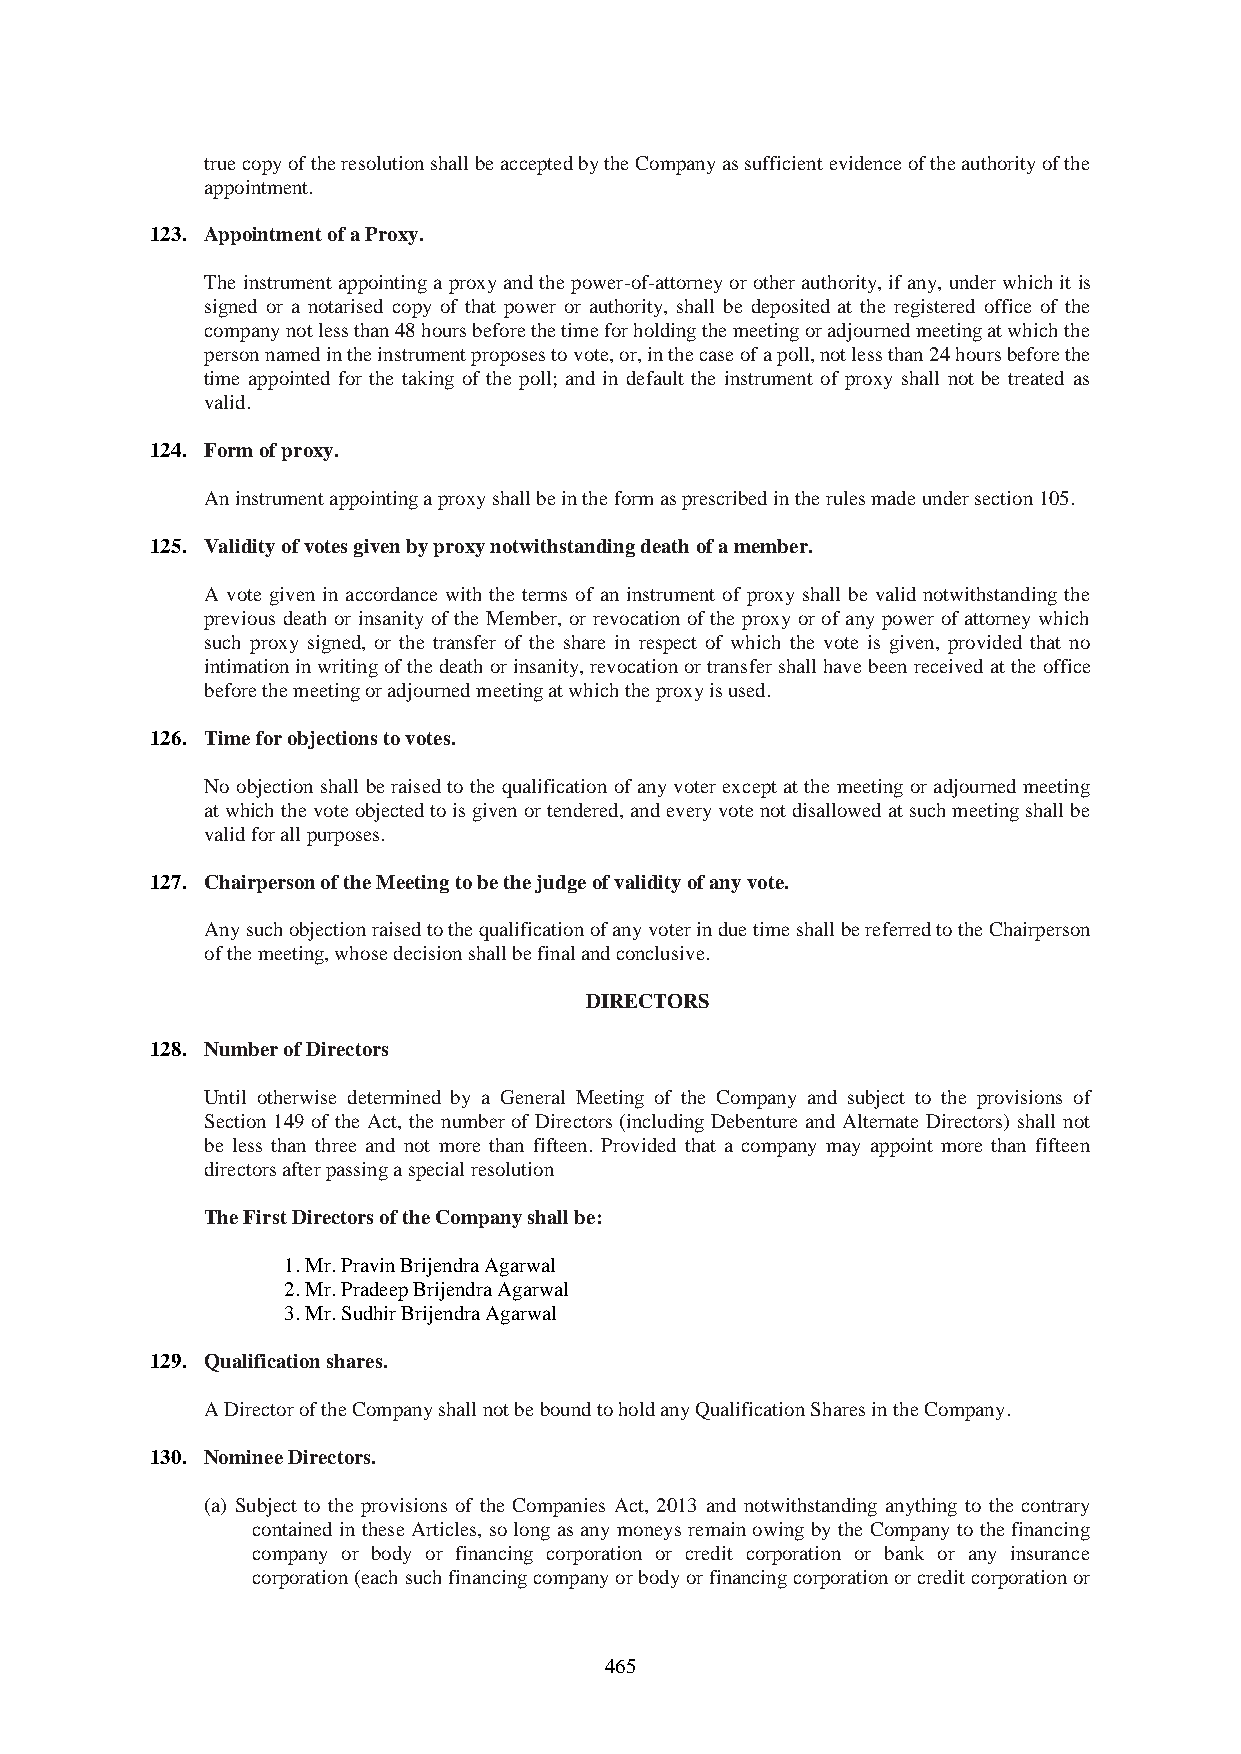
true copy of the resolution shall be accepted by the Company as sufficient evidence of the authority of the
 appointment.
 123. Appointment of a Proxy.
 The instrument appointing a proxy and the power-of-attorney or other authority, if any, under which it is
 signed or a notarised copy of that power or authority, shall be deposited at the registered office of the
 company not less than 48 hours before the time for holding the meeting or adjourned meeting at which the
 person named in the instrument proposes to vote, or, in the case of a poll, not less than 24 hours before the
 time appointed for the taking of the poll; and in default the instrument of proxy shall not be treated as
 valid.
 124. Form of proxy.
 An instrument appointing a proxy shall be in the form as prescribed in the rules made under section 105.
 125. Validity of votes given by proxy notwithstanding death of a member.
 A vote given in accordance with the terms of an instrument of proxy shall be valid notwithstanding the
 previous death or insanity of the Member, or revocation of the proxy or of any power of attorney which
 such proxy signed, or the transfer of the share in respect of which the vote is given, provided that no
 intimation in writing of the death or insanity, revocation or transfer shall have been received at the office
 before the meeting or adjourned meeting at which the proxy is used.
 126. Time for objections to votes.
 No objection shall be raised to the qualification of any voter except at the meeting or adjourned meeting
 at which the vote objected to is given or tendered, and every vote not disallowed at such meeting shall be
 valid for all purposes.
 127. Chairperson of the Meeting to be the judge of validity of any vote.
 Any such objection raised to the qualification of any voter in due time shall be referred to the Chairperson
 of the meeting, whose decision shall be final and conclusive.
 DIRECTORS
 128. Number of Directors
 Until otherwise determined by a General Meeting of the Company and subject to the provisions of
 Section 149 of the Act, the number of Directors (including Debenture and Alternate Directors) shall not
 be less than three and not more than fifteen. Provided that a company may appoint more than fifteen
 directors after passing a special resolution
 The First Directors of the Company shall be:
 1. Mr. Pravin Brijendra Agarwal
 2. Mr. Pradeep Brijendra Agarwal
 3. Mr. Sudhir Brijendra Agarwal
 129. Qualification shares.
 A Director of the Company shall not be bound to hold any Qualification Shares in the Company.
 130. Nominee Directors.
 (a) Subject to the provisions of the Companies Act, 2013 and notwithstanding anything to the contrary
 contained in these Articles, so long as any moneys remain owing by the Company to the financing
 company or body or financing corporation or credit corporation or bank or any insurance
 corporation (each such financing company or body or financing corporation or credit corporation or
 465